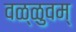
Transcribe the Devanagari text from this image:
वळ्ळुवम्